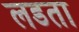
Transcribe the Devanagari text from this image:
लडता